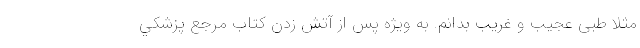
مثلا طبی عجيب و غريب بدانم. به ويژه پس از آتش زدن كتاب مرجع پزشكي